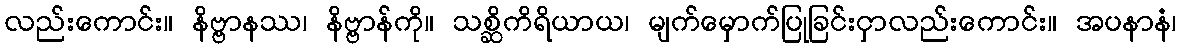
လည်းကောင်း။ နိဗ္ဗာနဿ၊ နိဗ္ဗာန်ကို။ သစ္ဆိကိရိယာယ၊ မျက်မှောက်ပြုခြင်းငှာလည်းကောင်း။ အပနာနံ၊